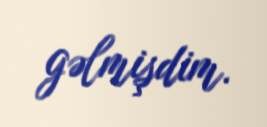
gəlmişdim.